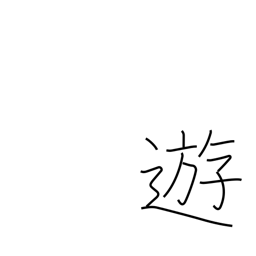
Meaning: play